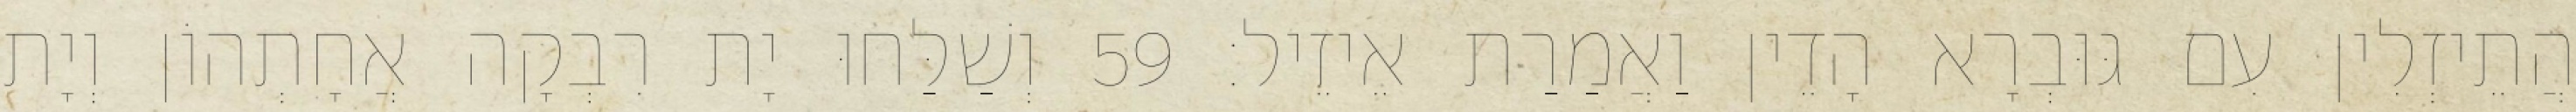
הֲתֵיזְלִין עִם גּוּבְרָא הָדֵין וַאֲמַרַת אֵיזֵיל׃ 59 וְשַׁלַּחוּ יָת רִבְקָה אֲחָתְהוֹן וְיָת